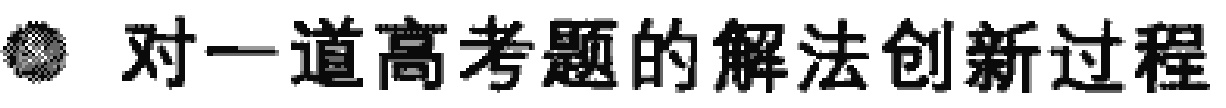
对一道高考题的解法创新过程